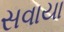
સવાયા